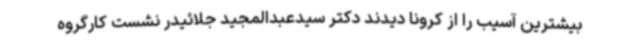
بیشترین آسیب را از کرونا دیدند دکتر سیدعبدالمجید جلائیدر نشست کارگروه